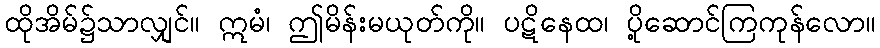
ထိုအိမ်၌သာလျှင်။ ဣမံ၊ ဤမိန်းမယုတ်ကို။ ပဋိနေထ၊ ပို့ဆောင်ကြကုန်လော။